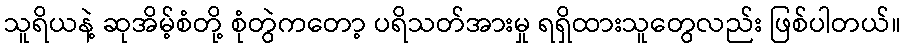
သူရိယနဲ့ ဆုအိမ့်စံတို့ စုံတွဲကတော့ ပရိသတ်အားမှု ရရှိထားသူတွေလည်း ဖြစ်ပါတယ်။